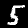
Digit: 5